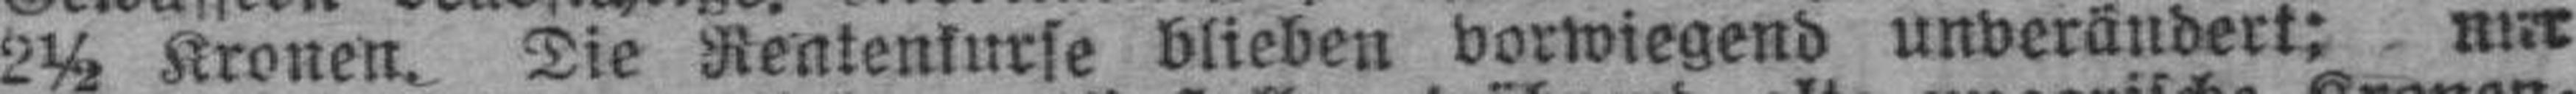
2½ Kronen. Die Rentenkurse blieben vorwiegend unverändert; nur